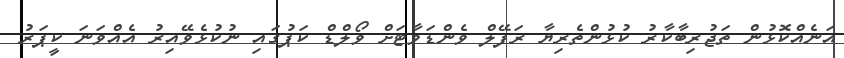
އަނެއްކޮޅުން ތަޖުރިބާކާރު ކުޅުންތެރިޔާ ރަފޭލް ވެންޑަވާޓަށް ވޯލްޑް ކަޕުގައި ނުކުޅެވޭއިރު އެއްވަނަ ކީޕަރު